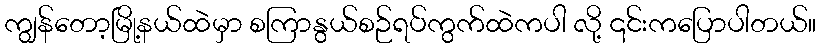
ကျွန်တော့မြို့နယ်ထဲမှာ စကြာနွယ်စဉ်ရပ်ကွက်ထဲကပါ လို့ ၎င်းကပြောပါတယ်။